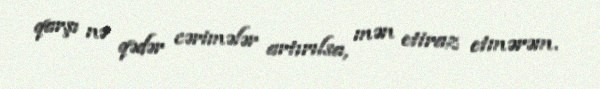
qarşı nə qədər cərimələr artırılsa, mən etiraz etmərəm.